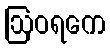
ဩဝရကေ